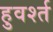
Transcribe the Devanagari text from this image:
हुवर्श्त